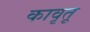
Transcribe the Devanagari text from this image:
कावृतू